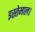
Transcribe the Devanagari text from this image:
इस्तेमाल।